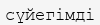
сүйегімді